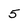
Character: 5